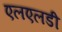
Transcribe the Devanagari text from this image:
एलएलडी